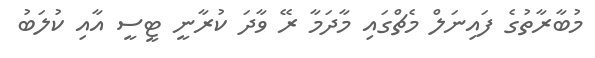
މުބާރާތުގެ ފައިނަލް މެޗްގައި މާދަމާ ރޭ ވާދަ ކުރާނީ ޓީސީ އާއި ކުލަބު